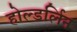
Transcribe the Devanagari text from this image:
होल्डर्लिन